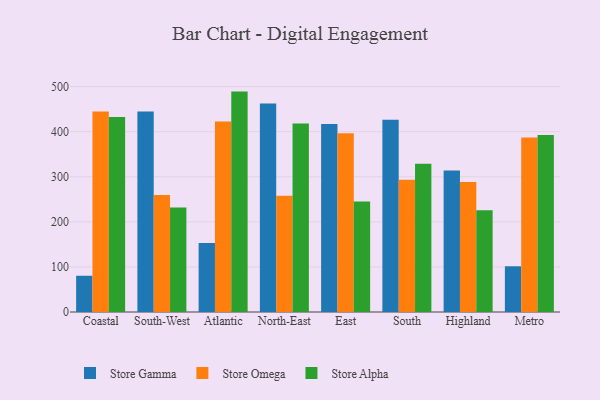
{"axis": {"x": "Region", "y": "Operating Costs (USD K)"}, "legend": ["Store Alpha", "Store Gamma", "Store Omega"], "data": [{"x": "Coastal", "y": 80.4, "type": "Store Gamma"}, {"x": "Coastal", "y": 444.7, "type": "Store Omega"}, {"x": "Coastal", "y": 432.4, "type": "Store Alpha"}, {"x": "South-West", "y": 444.8, "type": "Store Gamma"}, {"x": "South-West", "y": 259.6, "type": "Store Omega"}, {"x": "South-West", "y": 231.8, "type": "Store Alpha"}, {"x": "Atlantic", "y": 152.9, "type": "Store Gamma"}, {"x": "Atlantic", "y": 422.7, "type": "Store Omega"}, {"x": "Atlantic", "y": 488.9, "type": "Store Alpha"}, {"x": "North-East", "y": 462.4, "type": "Store Gamma"}, {"x": "North-East", "y": 257.7, "type": "Store Omega"}, {"x": "North-East", "y": 418.0, "type": "Store Alpha"}, {"x": "East", "y": 416.8, "type": "Store Gamma"}, {"x": "East", "y": 396.6, "type": "Store Omega"}, {"x": "East", "y": 245.1, "type": "Store Alpha"}, {"x": "South", "y": 426.4, "type": "Store Gamma"}, {"x": "South", "y": 293.3, "type": "Store Omega"}, {"x": "South", "y": 328.7, "type": "Store Alpha"}, {"x": "Highland", "y": 313.7, "type": "Store Gamma"}, {"x": "Highland", "y": 288.4, "type": "Store Omega"}, {"x": "Highland", "y": 225.7, "type": "Store Alpha"}, {"x": "Metro", "y": 101.4, "type": "Store Gamma"}, {"x": "Metro", "y": 387.1, "type": "Store Omega"}, {"x": "Metro", "y": 392.9, "type": "Store Alpha"}]}